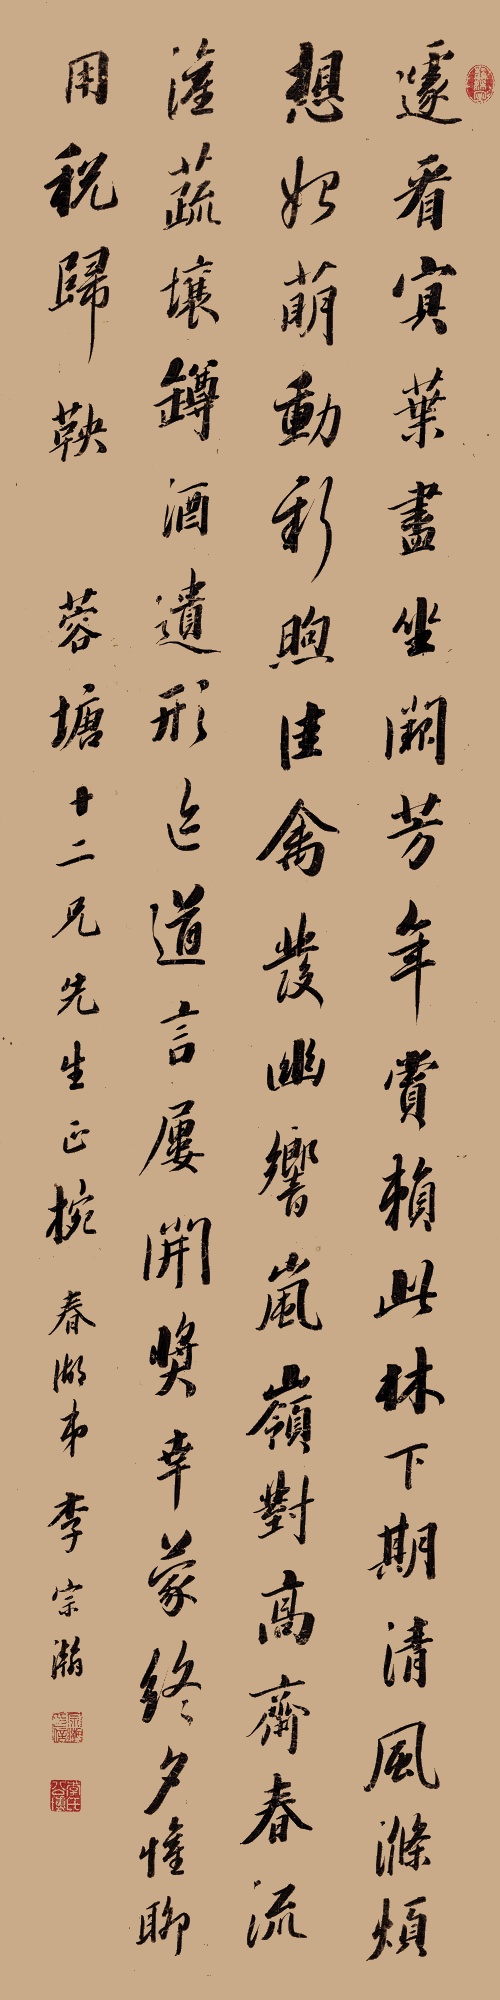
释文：遽看蓂叶尽，坐阙芳年赏。赖此林下期，清风涤烦想。始萌动新煦，佳禽发幽响。岚岭对高斋，春流灌蔬壤。樽酒遗形迹，道言屡开奖。幸蒙终夕欢，聊用税归鞅。蓉塘十二兄先生正捥。春湖弟李宗瀚。